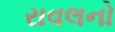
રાવલનો